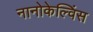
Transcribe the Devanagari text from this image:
नानोकेल्विंस